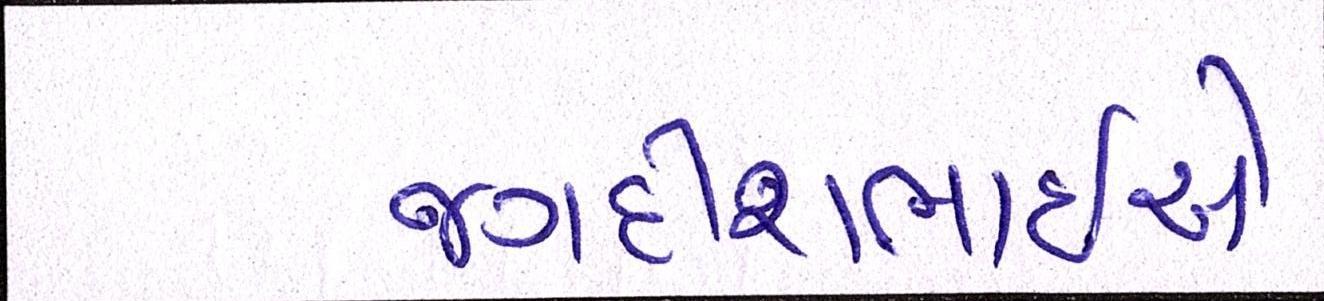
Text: જગદીશભાઇએ